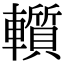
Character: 𨏑